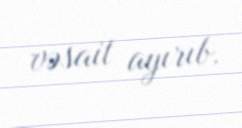
vəsait ayırıb.